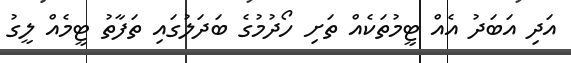
އަދި އަބަދު އެއް ޓީމުތަކެއް ތަށި ހޯދުމުގެ ބަދަލުގައި ތަފާތު ޓީމެއް ލީގު